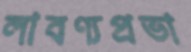
লাবণ্যপ্রভা